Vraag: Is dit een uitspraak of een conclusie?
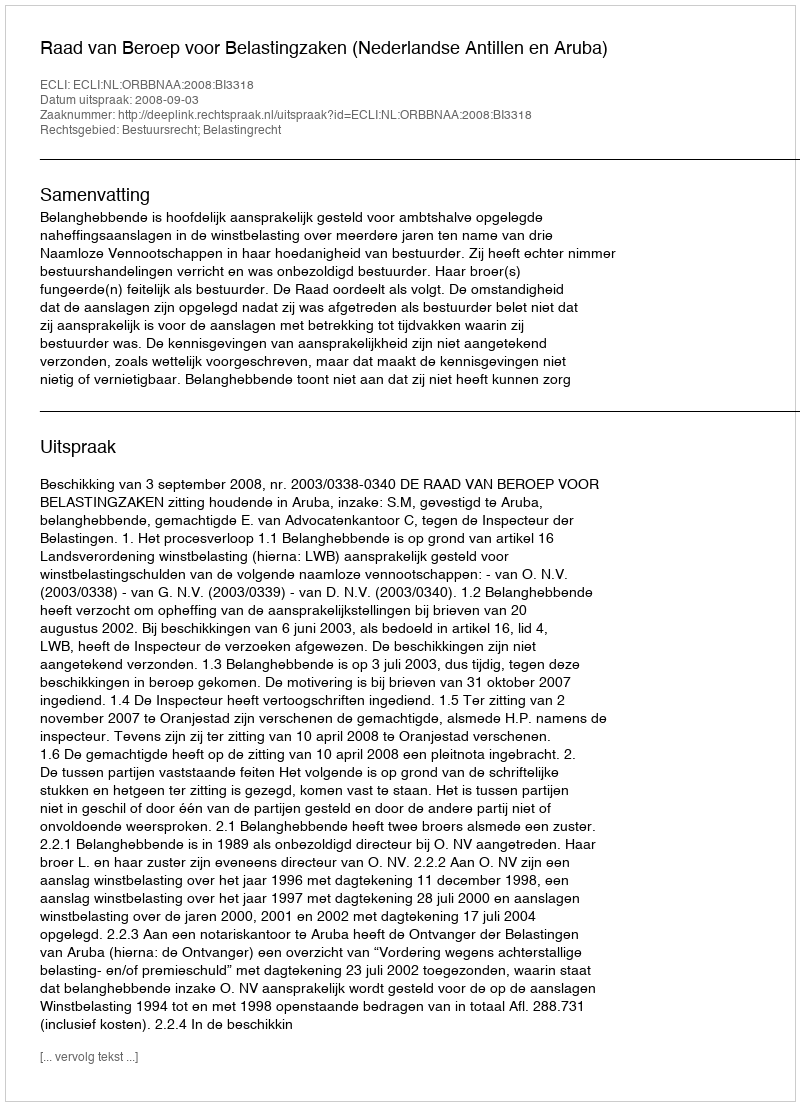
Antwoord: Uitspraak